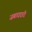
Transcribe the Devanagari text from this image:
जबाददारी